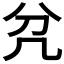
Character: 𭂭